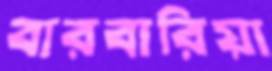
বারবারিয়া